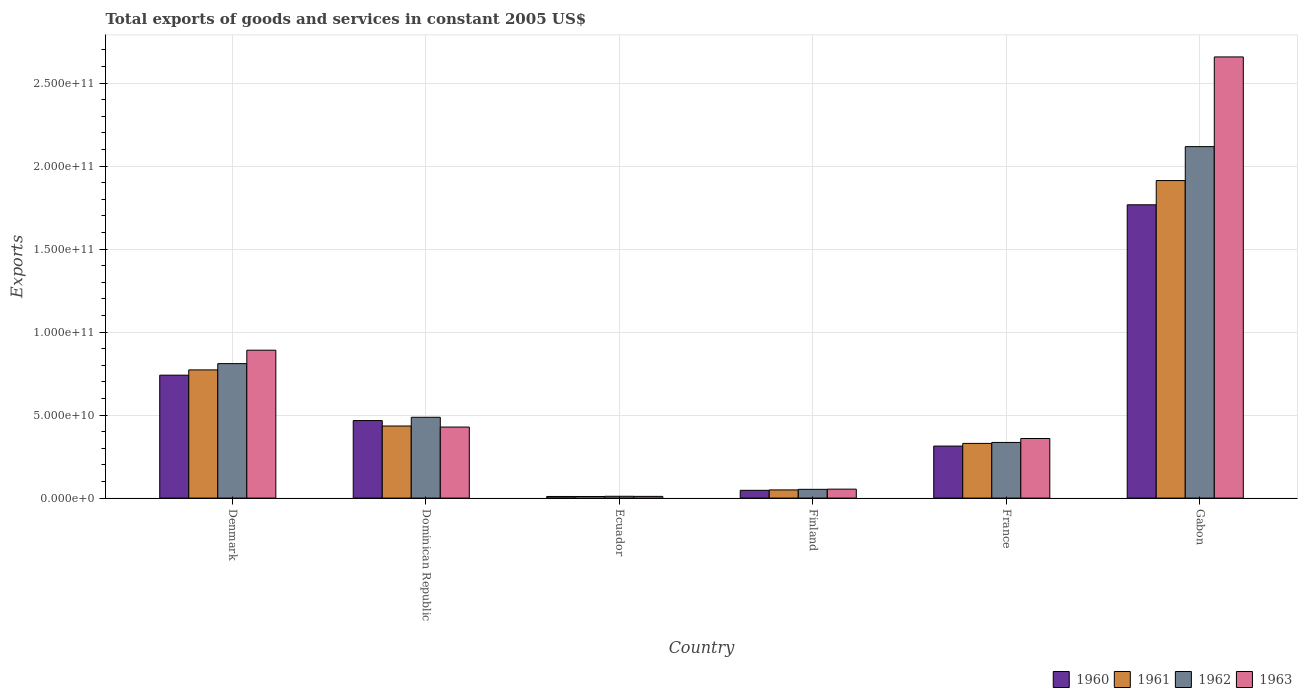
| Country | 1960 | 1961 | 1962 | 1963 |
 | --- | --- | --- | --- | --- |
 | Denmark | 7.4e+10 | 7.72e+10 | 8.1e+10 | 8.91e+10 |
 | Dominican Republic | 4.67e+10 | 4.34e+10 | 4.87e+10 | 4.28e+10 |
 | Ecuador | 9.72e+08 | 9.65e+08 | 1.09e+09 | 1.03e+09 |
 | Finland | 4.68e+09 | 4.92e+09 | 5.27e+09 | 5.39e+09 |
 | France | 3.13e+10 | 3.29e+10 | 3.35e+10 | 3.59e+10 |
 | Gabon | 1.77e+11 | 1.91e+11 | 2.12e+11 | 2.66e+11 |